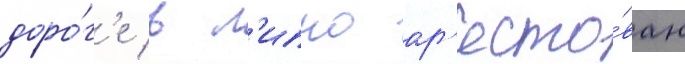
доро́г'е в л'ипно ар'есто́ван